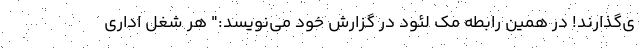
ی‌گذارند! در همین رابطه مک لئود در گزارش خود می‌نویسد:" هر شغل اداری